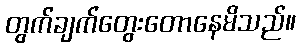
တွက်ချက်တွေးတောနေမိသည်။